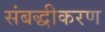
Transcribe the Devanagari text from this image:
संबद्धीकरण